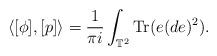
LaTeX: \begin{align*}\langle [\phi], [p] \rangle = \dfrac{1}{\pi i} \int_{\mathbb{T}^{2}} \operatorname{Tr}(e(de)^{2}).\end{align*}